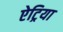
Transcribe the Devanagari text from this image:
ऐट्रिया